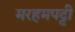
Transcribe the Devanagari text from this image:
मरहमपट्टी